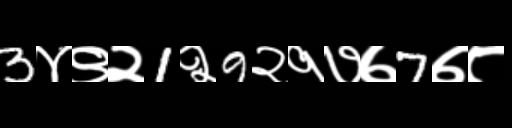
Text: 3४९२1२9२१७७7७८